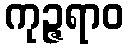
ကုဉ္ဇရာဝ